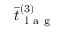
\bar { t } _ { \mathrm { ~ l ~ a ~ g ~ } } ^ { ( 3 ) }